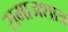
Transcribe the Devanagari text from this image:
समाजशात्र